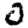
Digit: 0